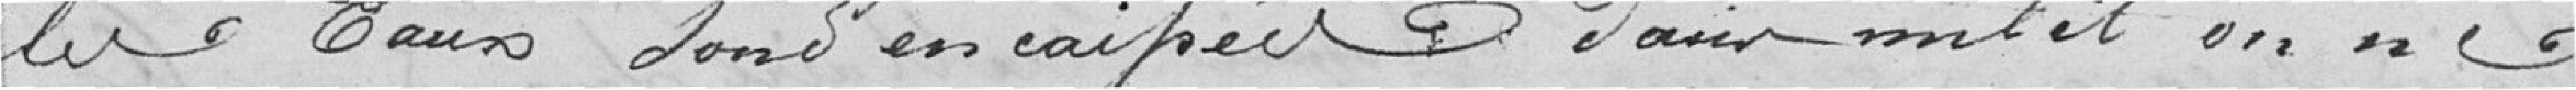
les eaux sont encaissées dans un lit on ne